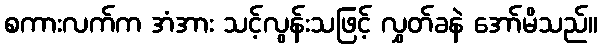
စကားလက်က အံအား သင့်လွန်းသဖြင့် လွှတ်ခနဲ အော်မိသည်။